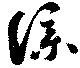
僕